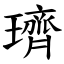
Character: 璾